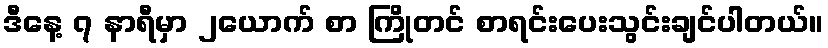
ဒီနေ့ ၇ နာရီမှာ ၂ယောက် စာ ကြိုတင် စာရင်းပေးသွင်းချင်ပါတယ်။